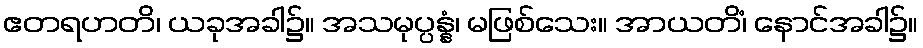
ဧတရဟတိ၊ ယခုအခါ၌။ အသမုပ္ပန္နံ၊ မဖြစ်သေး။ အာယတိံ၊ နောင်အခါ၌။